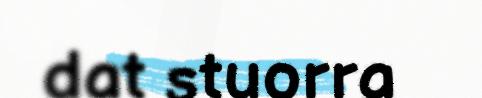
dat stuorra